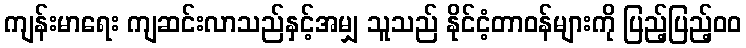
ကျန်းမာရေး ကျဆင်းလာသည်နှင့်အမျှ သူသည် နိုင်ငံ့တာဝန်များကို ပြည့်ပြည့်၀၀